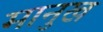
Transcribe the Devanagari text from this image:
मानुख